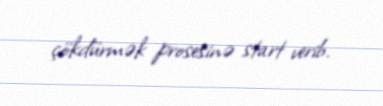
çökdürmək prosesinə start verib.